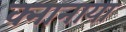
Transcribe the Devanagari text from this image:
क्नानाया